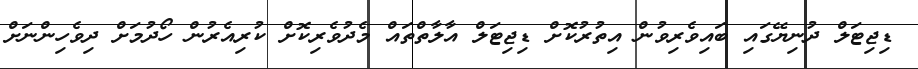
ޑިޖިޓަލް ދުނިޔޭގައި ބައިވެރިވުން އިތުރުކޮށް ޑިޖިޓަލް އާލާތްތައް މެދުވެރިކޮށް ކުރިއެރުން ހޯދުމަށް ދިވެހިންނަށް